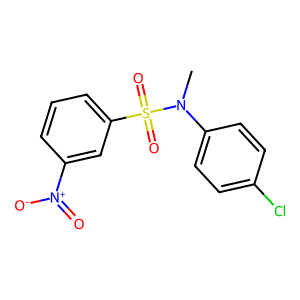
SMILES: CN(c1ccc(Cl)cc1)S(=O)(=O)c1cccc([N+](=O)[O-])c1
Inhibits HIV replication: No